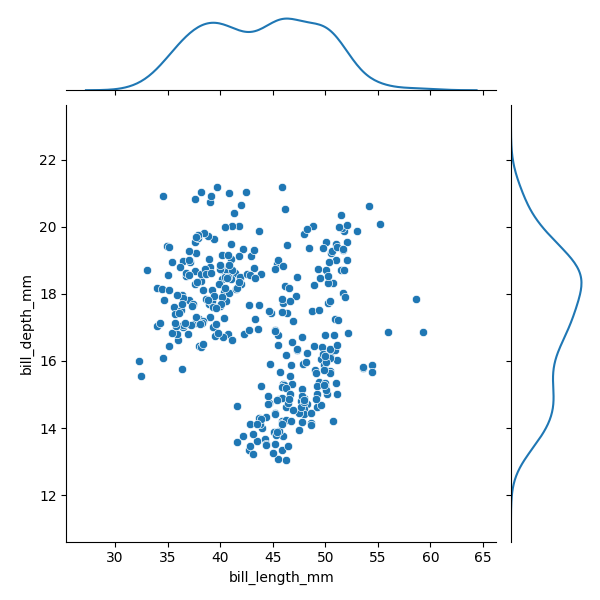
python, seaborn, JointGrid, scatterplot, kdeplot